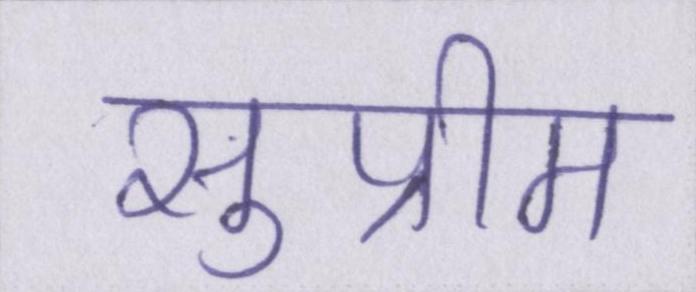
सुप्रीम